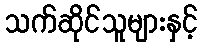
သက်ဆိုင်သူများနှင့်